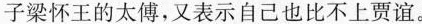
子梁怀王的太傅，又表示自己也比不上贾谊。